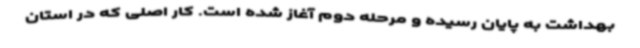
بهداشت به پایان رسیده و مرحله دوم آغاز شده است. کار اصلی که در استان